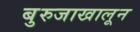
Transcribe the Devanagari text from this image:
बुरुजाखालून